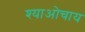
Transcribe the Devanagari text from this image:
श्याओचाय